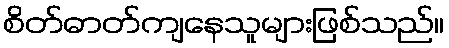
စိတ်ဓာတ်ကျနေသူများဖြစ်သည်။